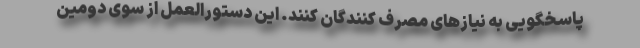
پاسخگویی به نیازهای مصرف کنندگان کنند. این دستورالعمل از سوی دومین